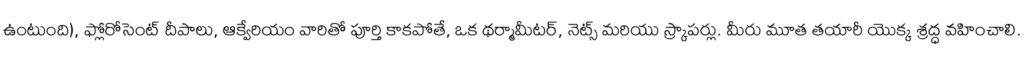
ఉంటుంది), ఫ్లోరోసెంట్ దీపాలు, ఆక్వేరియం వారితో పూర్తి కాకపోతే, ఒక థర్మామీటర్, నెట్స్ మరియు స్క్రాపర్లు. మీరు మూత తయారీ యొక్క శ్రద్ధ వహించాలి.